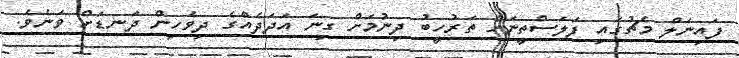
ފައިނަލް މެޗުގައި ފަލަސްތީނަށް ތަރުހީބު ދިނުމަށް ގިނަ އަދަދެއްގެ ދިވެހިން ދަނޑަށް ވަނެވެ.